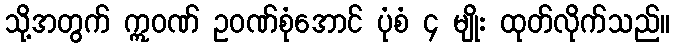
သို့အတွက် ဣဝဏ် ဥဝဏ်စုံအောင် ပုံစံ ၄ မျိုး ထုတ်လိုက်သည်။